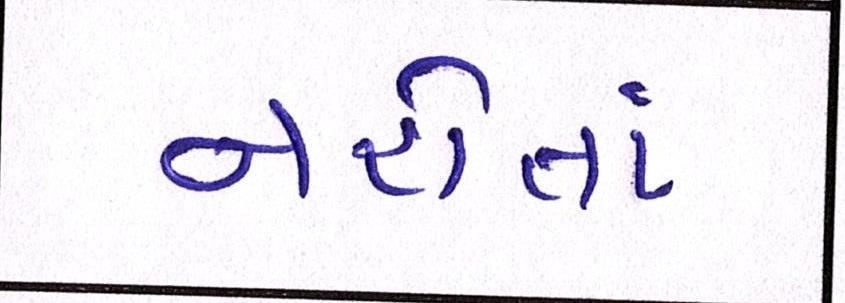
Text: નહોતાં